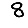
Digit: 8